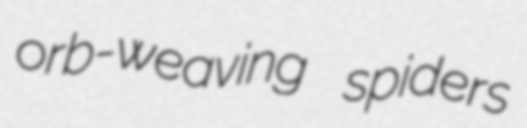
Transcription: orb-weaving spiders